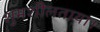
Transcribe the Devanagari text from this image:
शुभशीलताया।